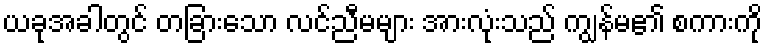
ယခုအခါတွင် တခြားသော လင်ညီမများ အားလုံးသည် ကျွန်မ၏ စကားကို